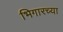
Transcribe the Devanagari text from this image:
भिगारच्या